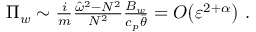
\begin{array} { r } { \Pi _ { w } \sim \frac { i } { m } \frac { \hat { \omega } ^ { 2 } - N ^ { 2 } } { N ^ { 2 } } \frac { B _ { w } } { c _ { p } \bar { \theta } } = { O } \! \left( { \varepsilon } ^ { 2 + \alpha } \right) \, . } \end{array}